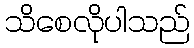
သိစေလိုပါသည်